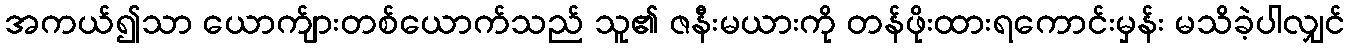
အကယ်၍သာ ယောက်ျားတစ်ယောက်သည် သူ၏ ဇနီးမယားကို တန်ဖိုးထားရကောင်းမှန်း မသိခဲ့ပါလျှင်